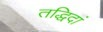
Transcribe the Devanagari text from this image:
तद्धिदां